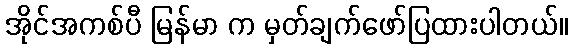
အိုင်အကစ်ပီ မြန်မာ က မှတ်ချက်ဖော်ပြထားပါတယ်။